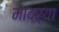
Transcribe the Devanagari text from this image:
मांदऱ्या